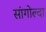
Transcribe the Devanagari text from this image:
सांगोल्दा